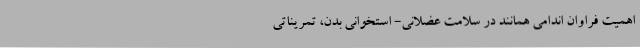
اهمیت فراوان اندامی همانند در سلامت عضلانی- استخوانی بدن، تمریناتی